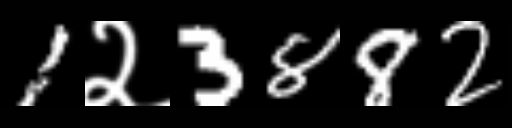
Text: 1२3882